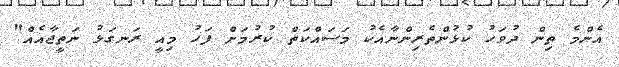
އެންމެ ތިން ދުވަހު ކުޅުންތެރިންނާއެކު މަސައްކަތް ކުރުމަށް ފަހު މިއީ ރަނގަޅު ނަތީޖާއެއް"